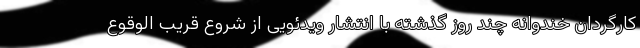
کارگردان خندوانه چند روز گذشته با انتشار ویدئویی از شروع قریب الوقوع